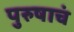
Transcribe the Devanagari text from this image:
पुरुषाचं